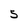
Character: 5